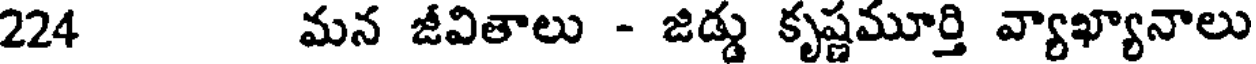
224 మన జీవితాలు - జిడ్డు కృష్ణమూర్తి వ్యాఖ్యానాలు